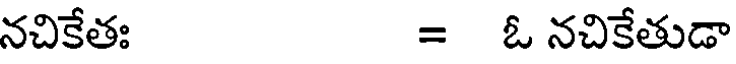
నచికేత: = ఓ నచికేతుడా